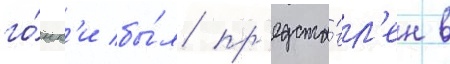
го́нк'и бы́л пр'едста́вл'ен в